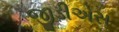
જીડીએસ